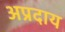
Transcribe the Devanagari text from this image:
अप्रदाय